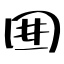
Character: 囲